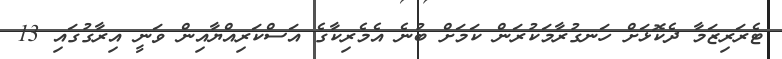
ޓެރަރިޒަމާ ދެކޮޅަށް ހަނގުރާމަކުރަން ކަމަށް ބުނެ އެމެރިކާގެ އަސްކަރިއްޔާއިން ވަނީ އިރާގުގައި 13